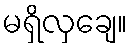
မရှိလှချေ။